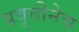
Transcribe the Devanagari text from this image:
प्रवृत्तीनेच